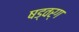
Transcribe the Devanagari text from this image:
षड्वर्ग